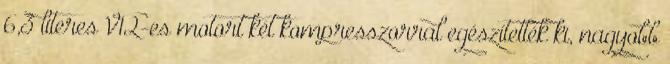
6,3 literes V12-es motort két kompresszorral egészítették ki, nagyobb